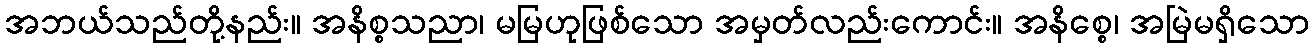
အဘယ်သည်တို့နည်း။ အနိစ္စသညာ၊ မမြဟုဖြစ်သော အမှတ်လည်းကောင်း။ အနိစ္စေ၊ အမြဲမရှိသော